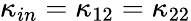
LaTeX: {{\kappa}_{in}}={{\kappa}_{12}}={{\kappa}_{22}}